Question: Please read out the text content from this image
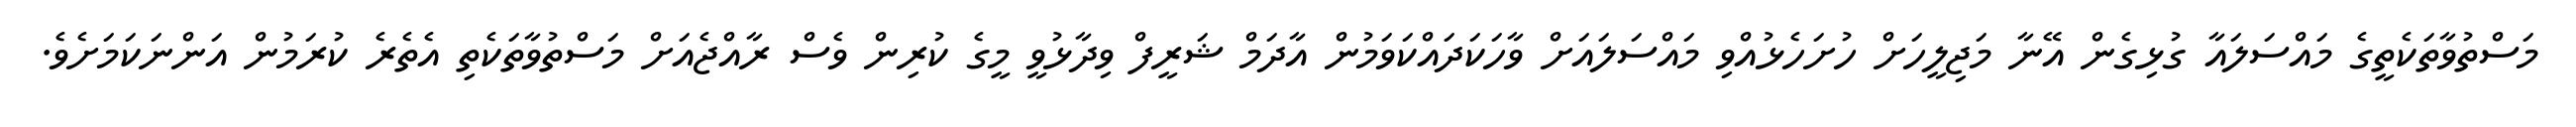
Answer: މަސްތުވާތަކެތީގެ މައްސަލައާ ގުޅިގެން އޭނާ މަޖިލީހަށް ހުށަހެޅުއްވި މައްސަލައަށް ވާހަކަދައްކަވަމުން އާދަމް ޝަރީފް ވިދާޅުވީ މީގެ ކުރިން ވެސް ރާއްޖެއަށް މަސްތުވާތަކެތި އެތެރެ ކުރަމުން އަންނަކަމަށެވެ.